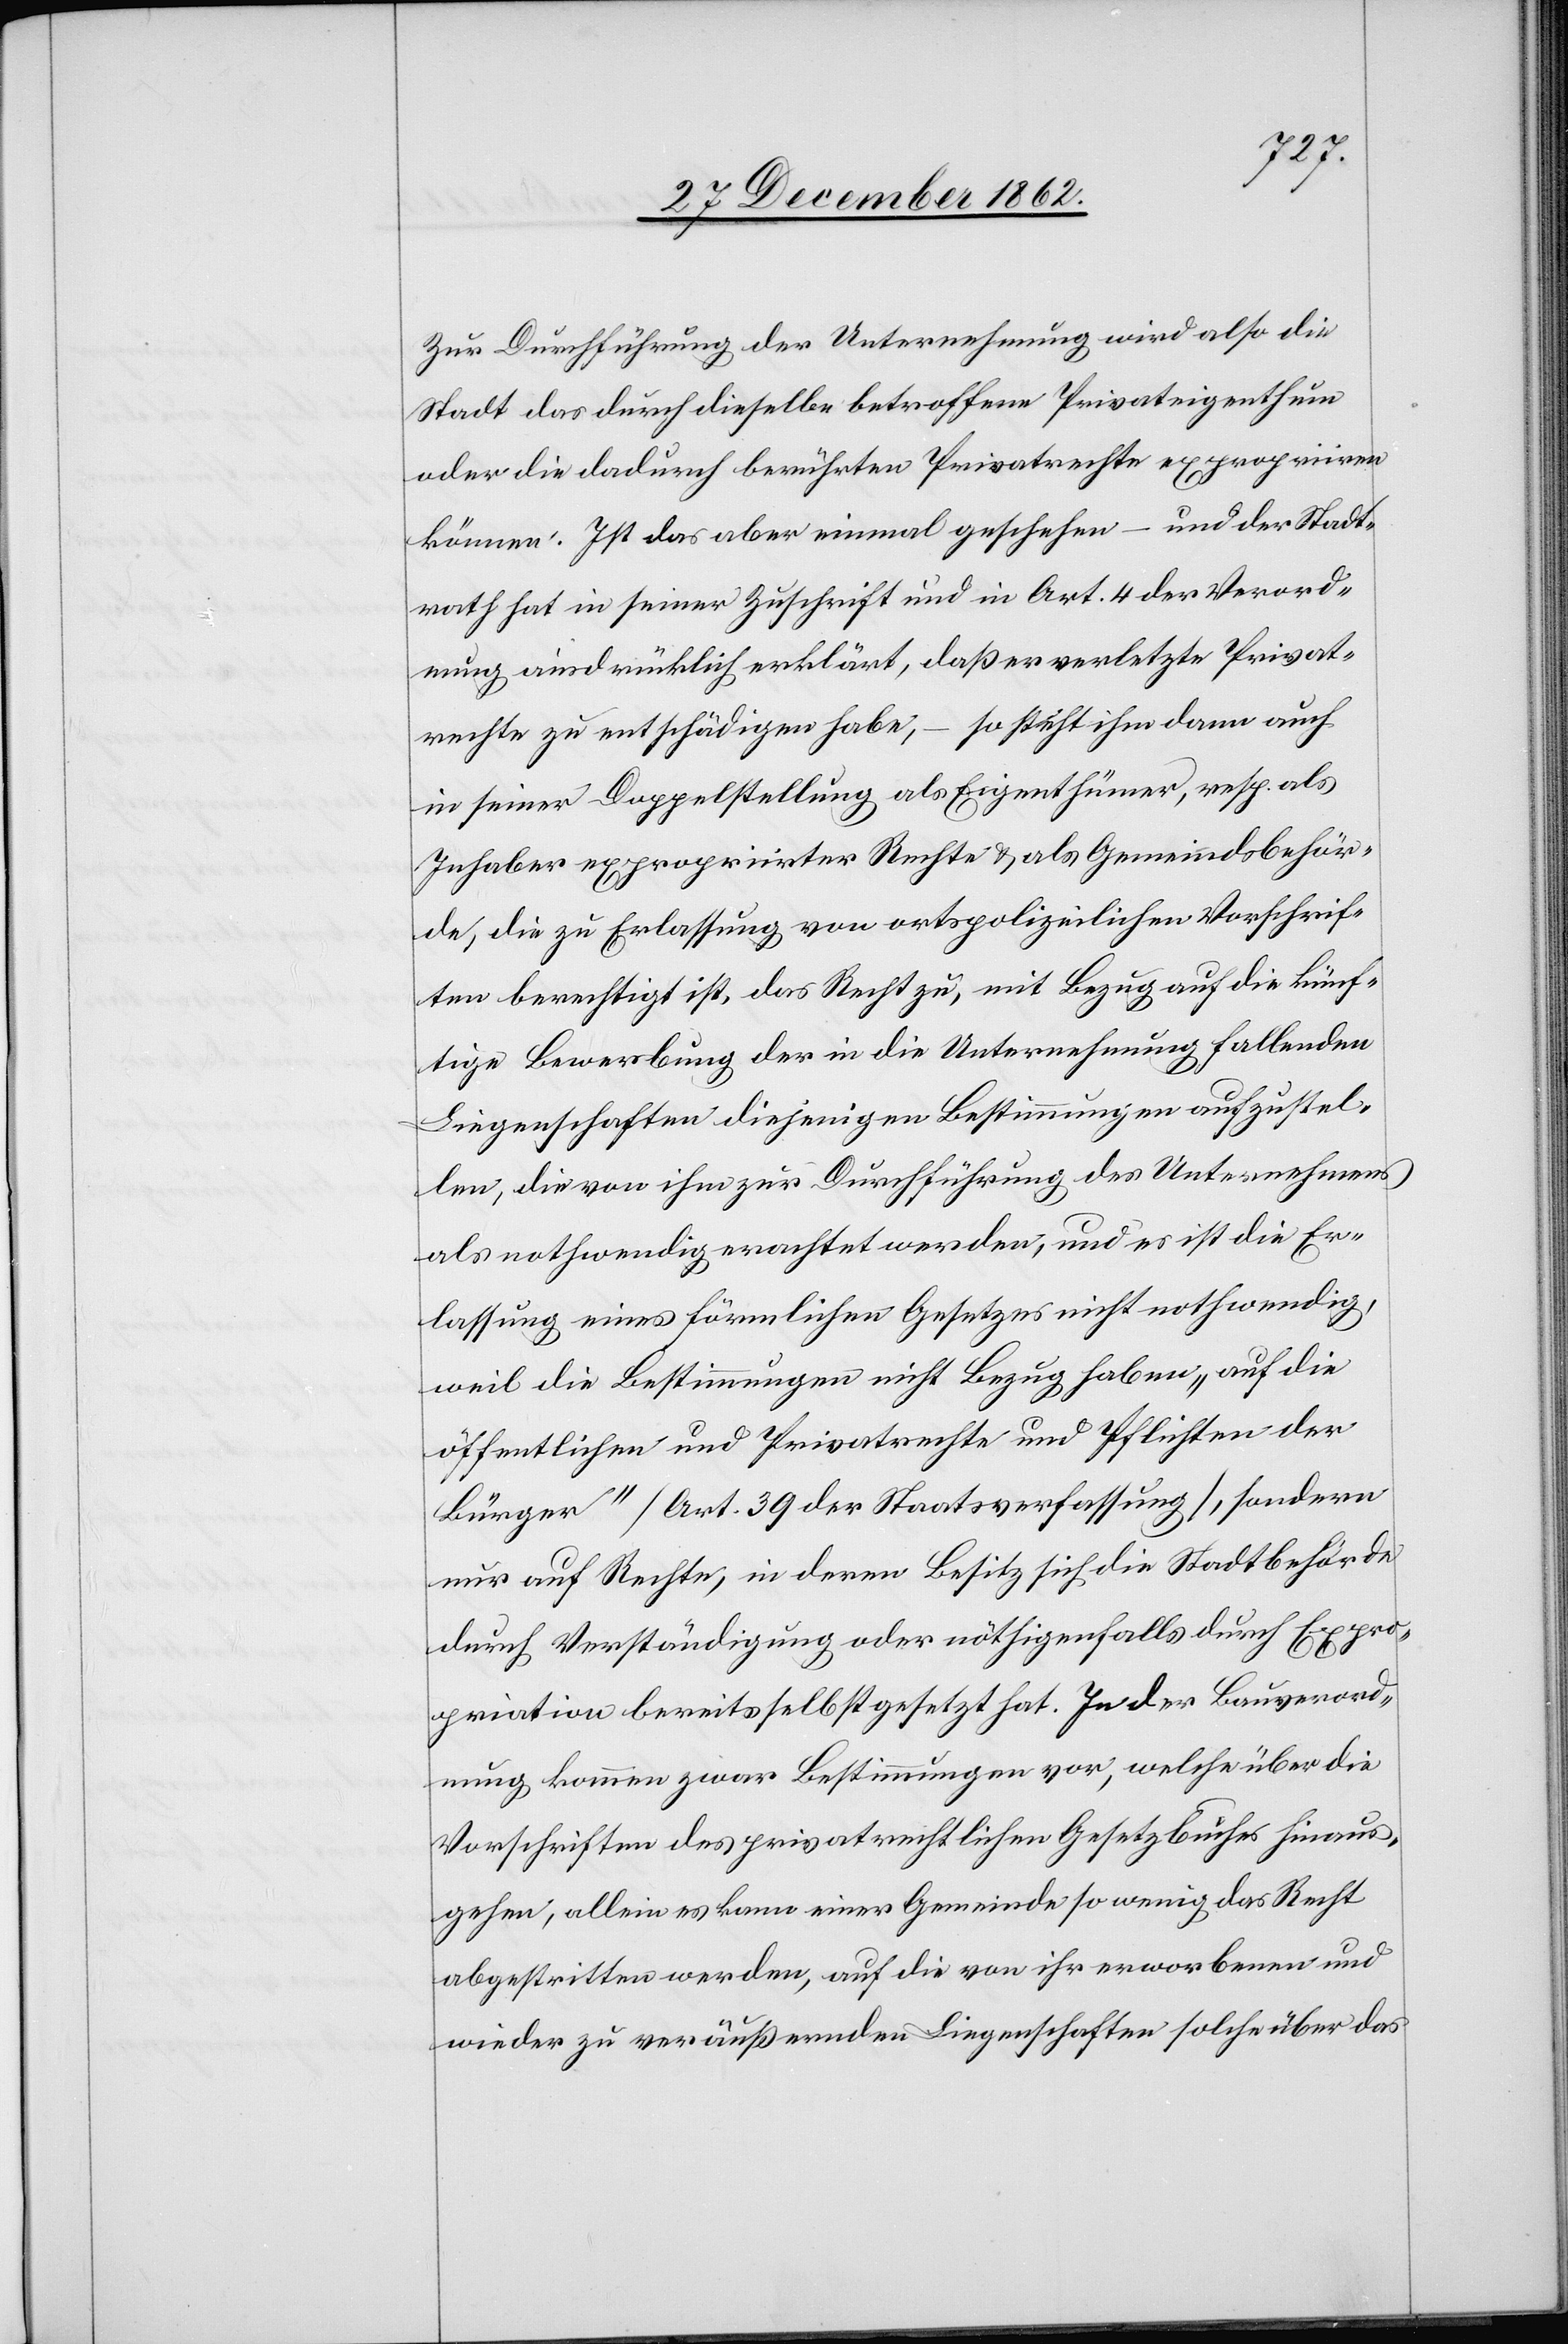
Zur Durchführung der Unternehmung wird also die
Stadt des durch dieselbe betroffene Privateigenthum
oder die dadurch berührten Privatrechte expropriiren
können. Ist das aber einmal geschehen – und der Stadt¬
rath hat in seiner Zuschrift und in Art. 4 der Verord¬
nung ausdrücklich erklärt, daß er verletzte Privat¬
rechte zu entschädigen habe, – so steht ihm dann auch
in seiner Doppelstellung als Eigenthümer, resp. als
Inhaber expropriirter Rechte u. als Gemeindsbehör¬
de, die zu Erlassung von ortspolizeilichen Vorschrif¬
ten berechtigt ist, das Recht zu, mit Bezug auf die künf¬
tige Bewerbung der in die Unternehmung fallenden
Liegenschaften diejenigen Bestimmungen aufzustel¬
len, die von ihm zur Durchführung des Unternehmens
als nothwendig erachtet werden, und es ist die Er¬
lassung eines förmlichen Gesetztes nicht nothwendig,
weil die Bestimmungen nicht Bezug haben „auf die
öffentlichen und Privatrechte und Pflichten der
Bürger“ [Art. 39 der Staatsverfassung], sondern
nur auf Rechte, in deren Besitz sich die Stadtbehörde
durch Verständigung oder nöthigenfalls durch Expro¬
priation bereits selbst gesetzt hat. In der Bauverord¬
nung kommen zwar Bestimmungen vor, welche über die
Vorschriften des privatrechtlichen Gesetzbuches hinaus¬
gehen, allein es kann einer Gemeinde so wenig das Recht
abgestritten werden, auf die von ihr erworbenen und
wieder zu veräußernden Liegenschaften solche über das